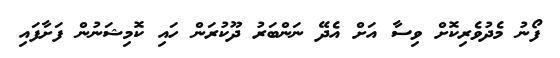
ފޯނު މެދުވެރިކޮށް ވިސާ އަށް އެދޭ ނަންބަރު ދޫކުރަން ހައި ކޮމިޝަނުން ފަށާފައި